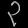
Digit: ၃